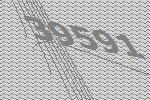
39591